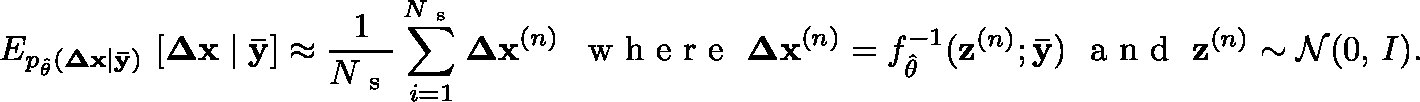
\mathbb { E } _ { p _ { \hat { \theta } } ( \mathbf { \Delta x } \mid \mathbf { \bar { y } } ) } \, \left[ \mathbf { \Delta x } \mid \mathbf { \bar { y } } \right] \approx \frac { 1 } { N _ { \mathrm { ~ s ~ } } } \sum _ { i = 1 } ^ { N _ { \mathrm { ~ s ~ } } } \mathbf { \Delta x } ^ { ( n ) } \, \, \, \mathrm { ~ w ~ h ~ e ~ r ~ e ~ } \, \, \mathbf { \Delta x } ^ { ( n ) } = f _ { \hat { \theta } } ^ { - 1 } ( \mathbf { z } ^ { ( n ) } ; \mathbf { \bar { y } } ) \, \, \mathrm { ~ a ~ n ~ d ~ } \, \, \mathbf { z } ^ { ( n ) } \sim \mathcal { N } ( 0 , \, I ) .